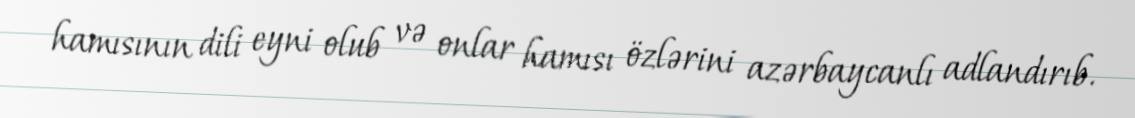
hamısının dili eyni olub və onlar hamısı özlərini azərbaycanlı adlandırıb.